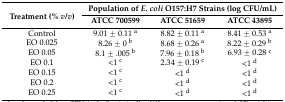
| <ROWSPAN=2> Treatment (% v/v) | <COLSPAN=3> Population of E. coli O157:H7 Strains (log CFU/mL) |
 | ATCC 700599 | ATCC 51659 | ATCC 43895 |
 | --- | --- | --- | --- |
 | Control | 9.01 ± 0.11 a | 8.82 ± 0.11 a | 8.41 ± 0.53 a |
 | EO 0.025 | 8.26 ± 0 b | 8.68 ± 0.26 a | 8.22 ± 0.29 b |
 | EO 0.05 | 8.1 ± .005 b | 7.96 ± 0.18 b | 6.93 ± 0.28 c |
 | EO 0.1 | <1 c | 2.34 ± 0.19 c | <1 d |
 | EO 0.15 | <1 c | <1 d | <1 d |
 | EO 0.2 | <1 c | <1 d | <1 d |
 | EO 0.25 | <1 c | <1 d | <1 d |